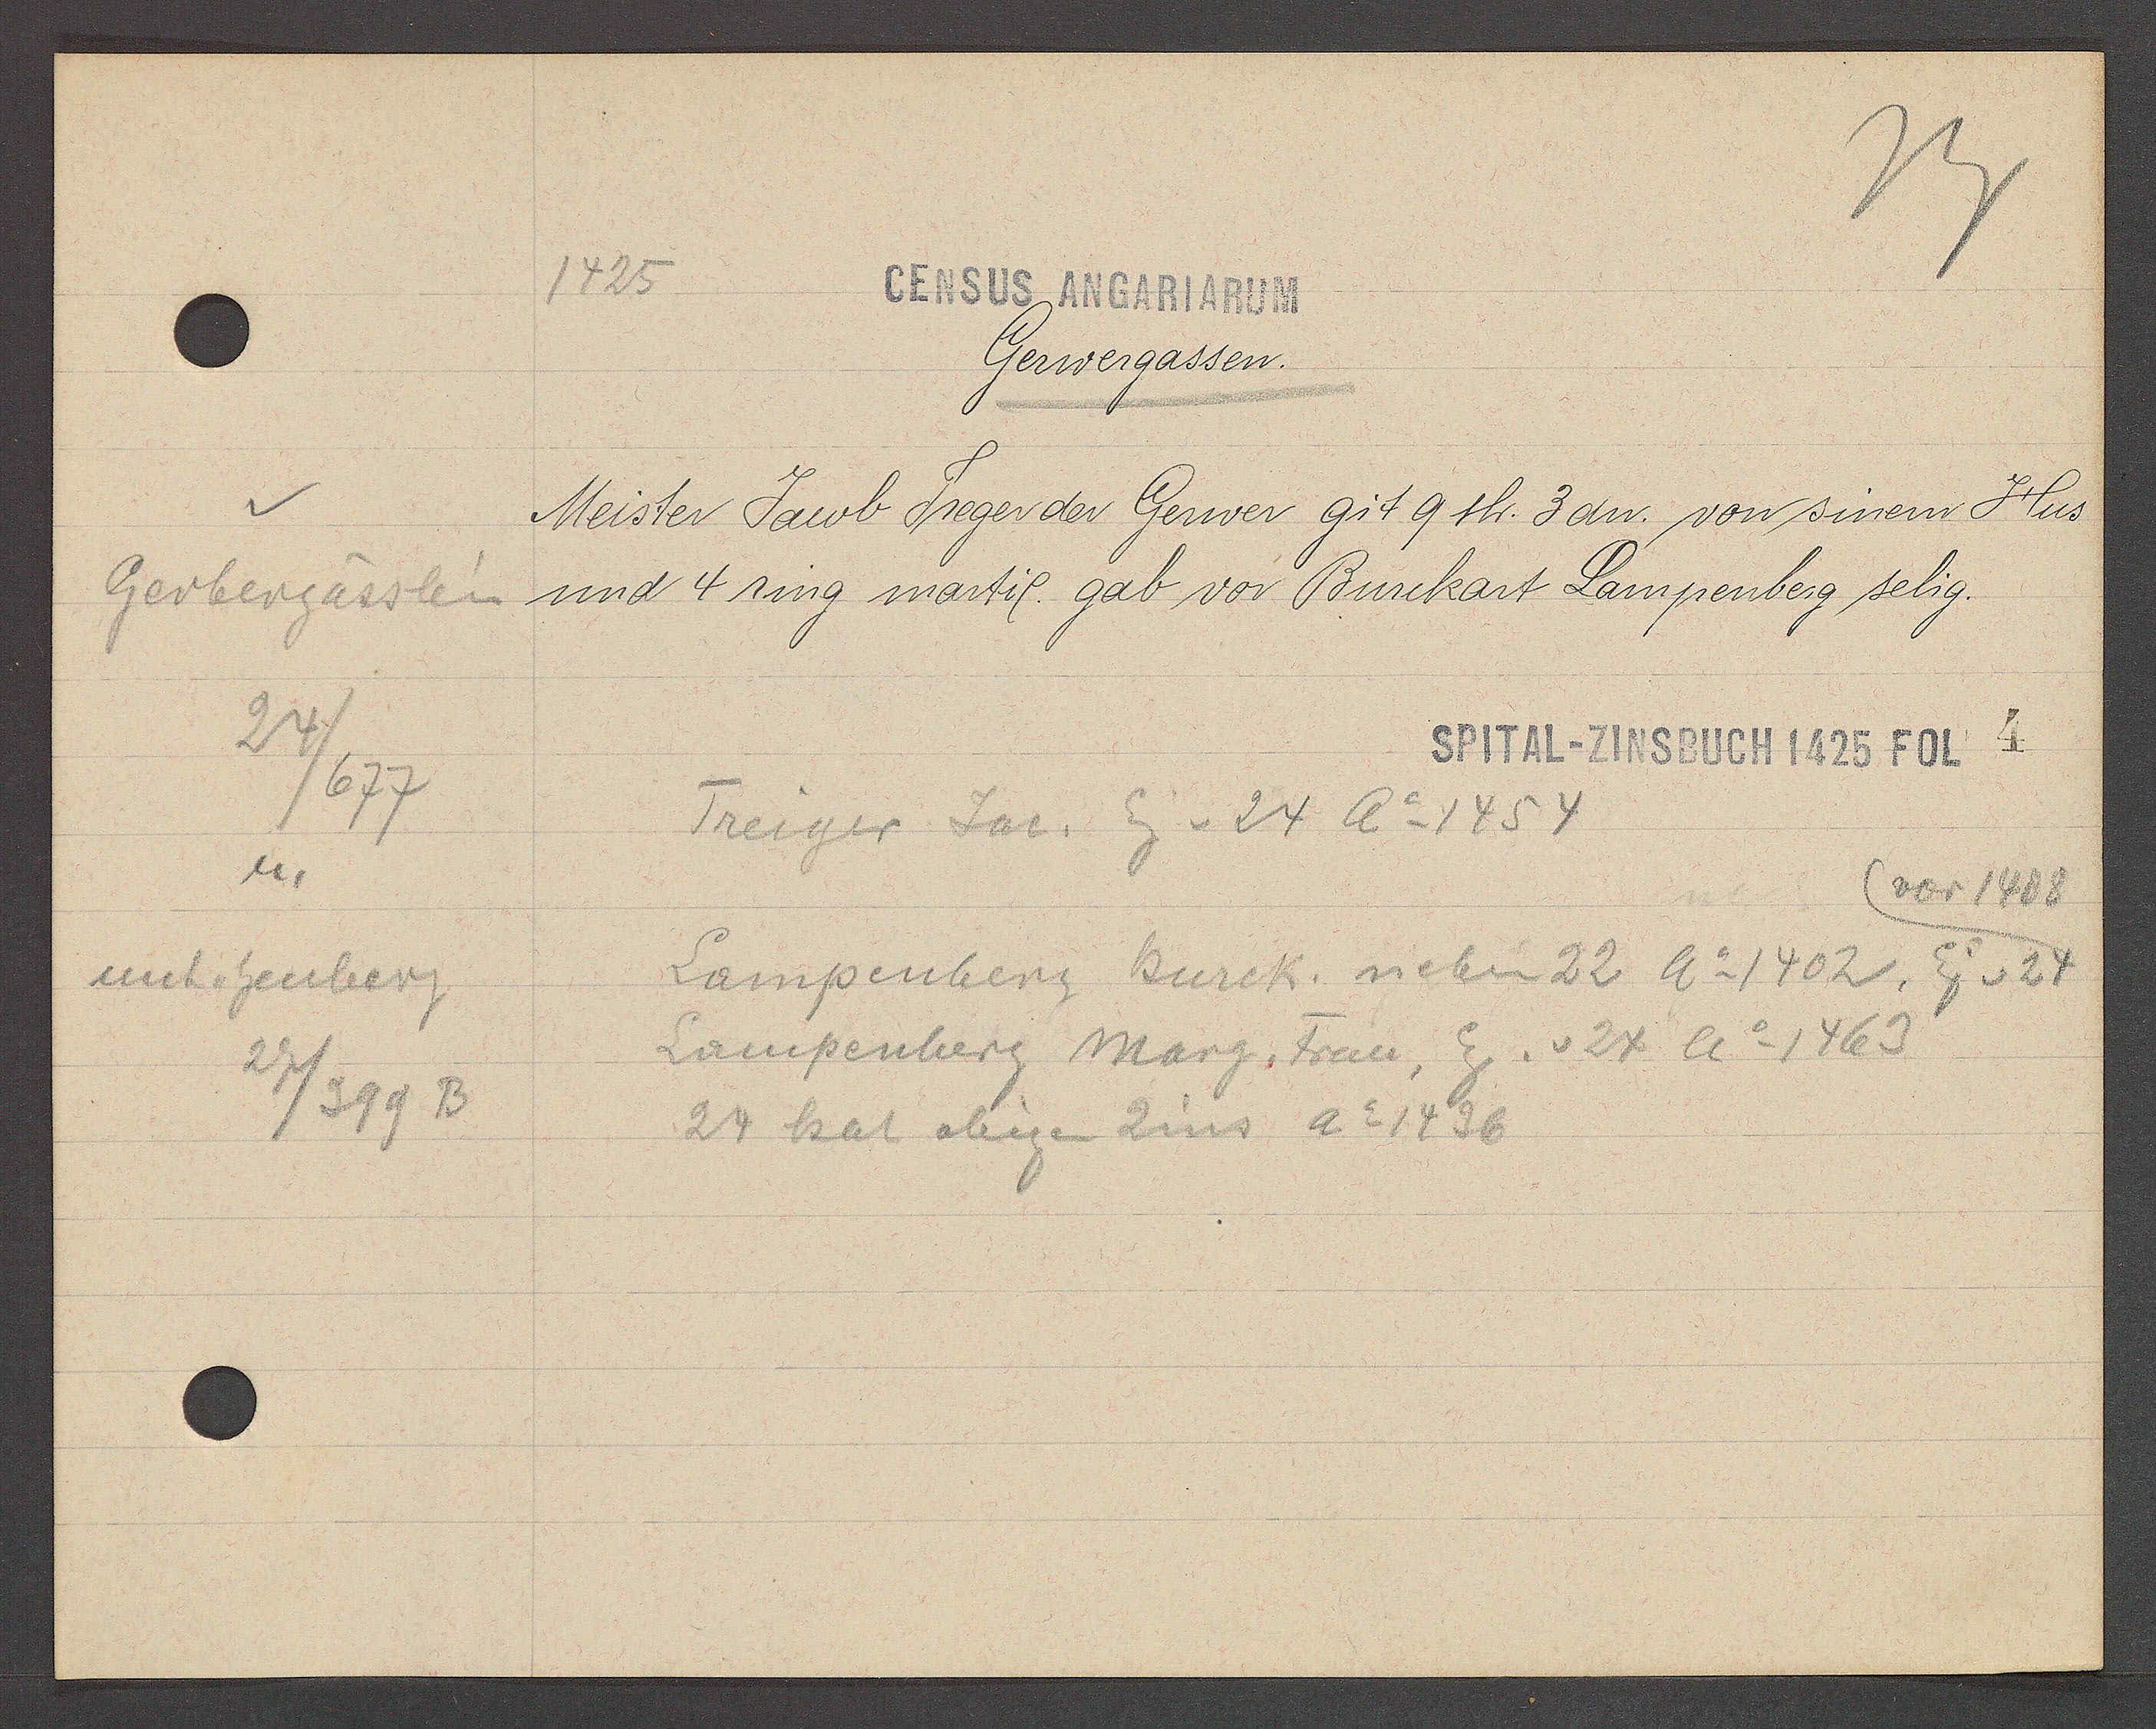
Transcript:
Gerbergässlein
24
677
u.
unt. heuberg
27/399 B

1425
CENSUS ANGARIARUM

Gerwergassen.
Meister Jacob Treger der Gerwer git 9 sh. 3 dn. von sinem Hus
und 4 ring martil. gab vor Burckart Lampenberg selig.

SPITAL-ZINSBUCH 1425 FOL 4

Treiger Jac. Eg v 24 Ao 1454
vor 1488
Lampenberg Burck. neben 22 Ao 1402, Eig v 24
Lampenberg Marg. Frau, Eig. v 24 Ao 1463
24 hat obigen Zins Ao 1436